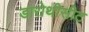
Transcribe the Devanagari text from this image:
डारोथीसीट